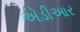
એડીઆર